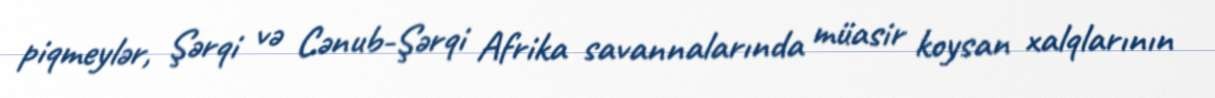
piqmeylər, Şərqi və Cənub-Şərqi Afrika savannalarında müasir koysan xalqlarının